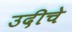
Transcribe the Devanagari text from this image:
उदीचे